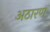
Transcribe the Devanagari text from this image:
अठारण